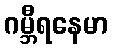
ဂမ္ဘီရနေမာ